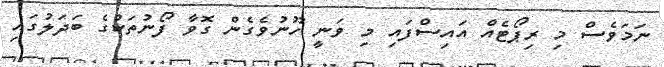
ނަމަވެސް މި ރިޕޯޓެއް އައިސްފައި މި ވަނީ ހޫނުވެގެން ގޮވާ ފޯނުތަކުގެ ބަދަލުގައި